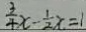
\frac { 3 } { 4 } x - \frac { 1 } { 2 } x = 1